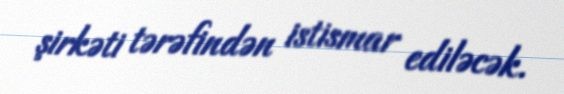
şirkəti tərəfindən istismar ediləcək.